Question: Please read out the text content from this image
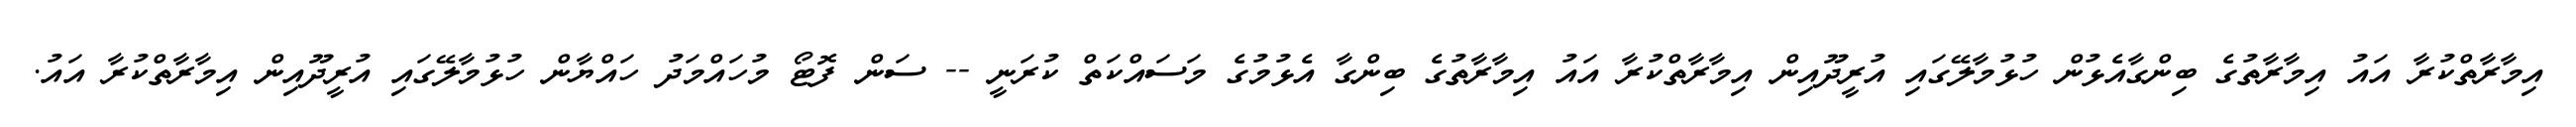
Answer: އިމާރާތްކުރާ އައު އިމާރާތުގެ ބިންގާއެޅުން ހުޅުމާލޭގައި އުރީދޫއިން އިމާރާތްކުރާ އައު އިމާރާތުގެ ބިންގާ އެޅުމުގެ މަސައްކަތް ކުރަނީ -- ސަން ފޮޓޯ މުހައްމަދު ހައްޔާން ހުޅުމާލޭގައި އުރީދޫއިން އިމާރާތްކުރާ އައު.